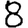
Digit: 8